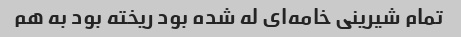
تمام شیرینی خامه‌ای له شده بود ریخته بود به هم